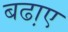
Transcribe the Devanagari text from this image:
बढा़ए